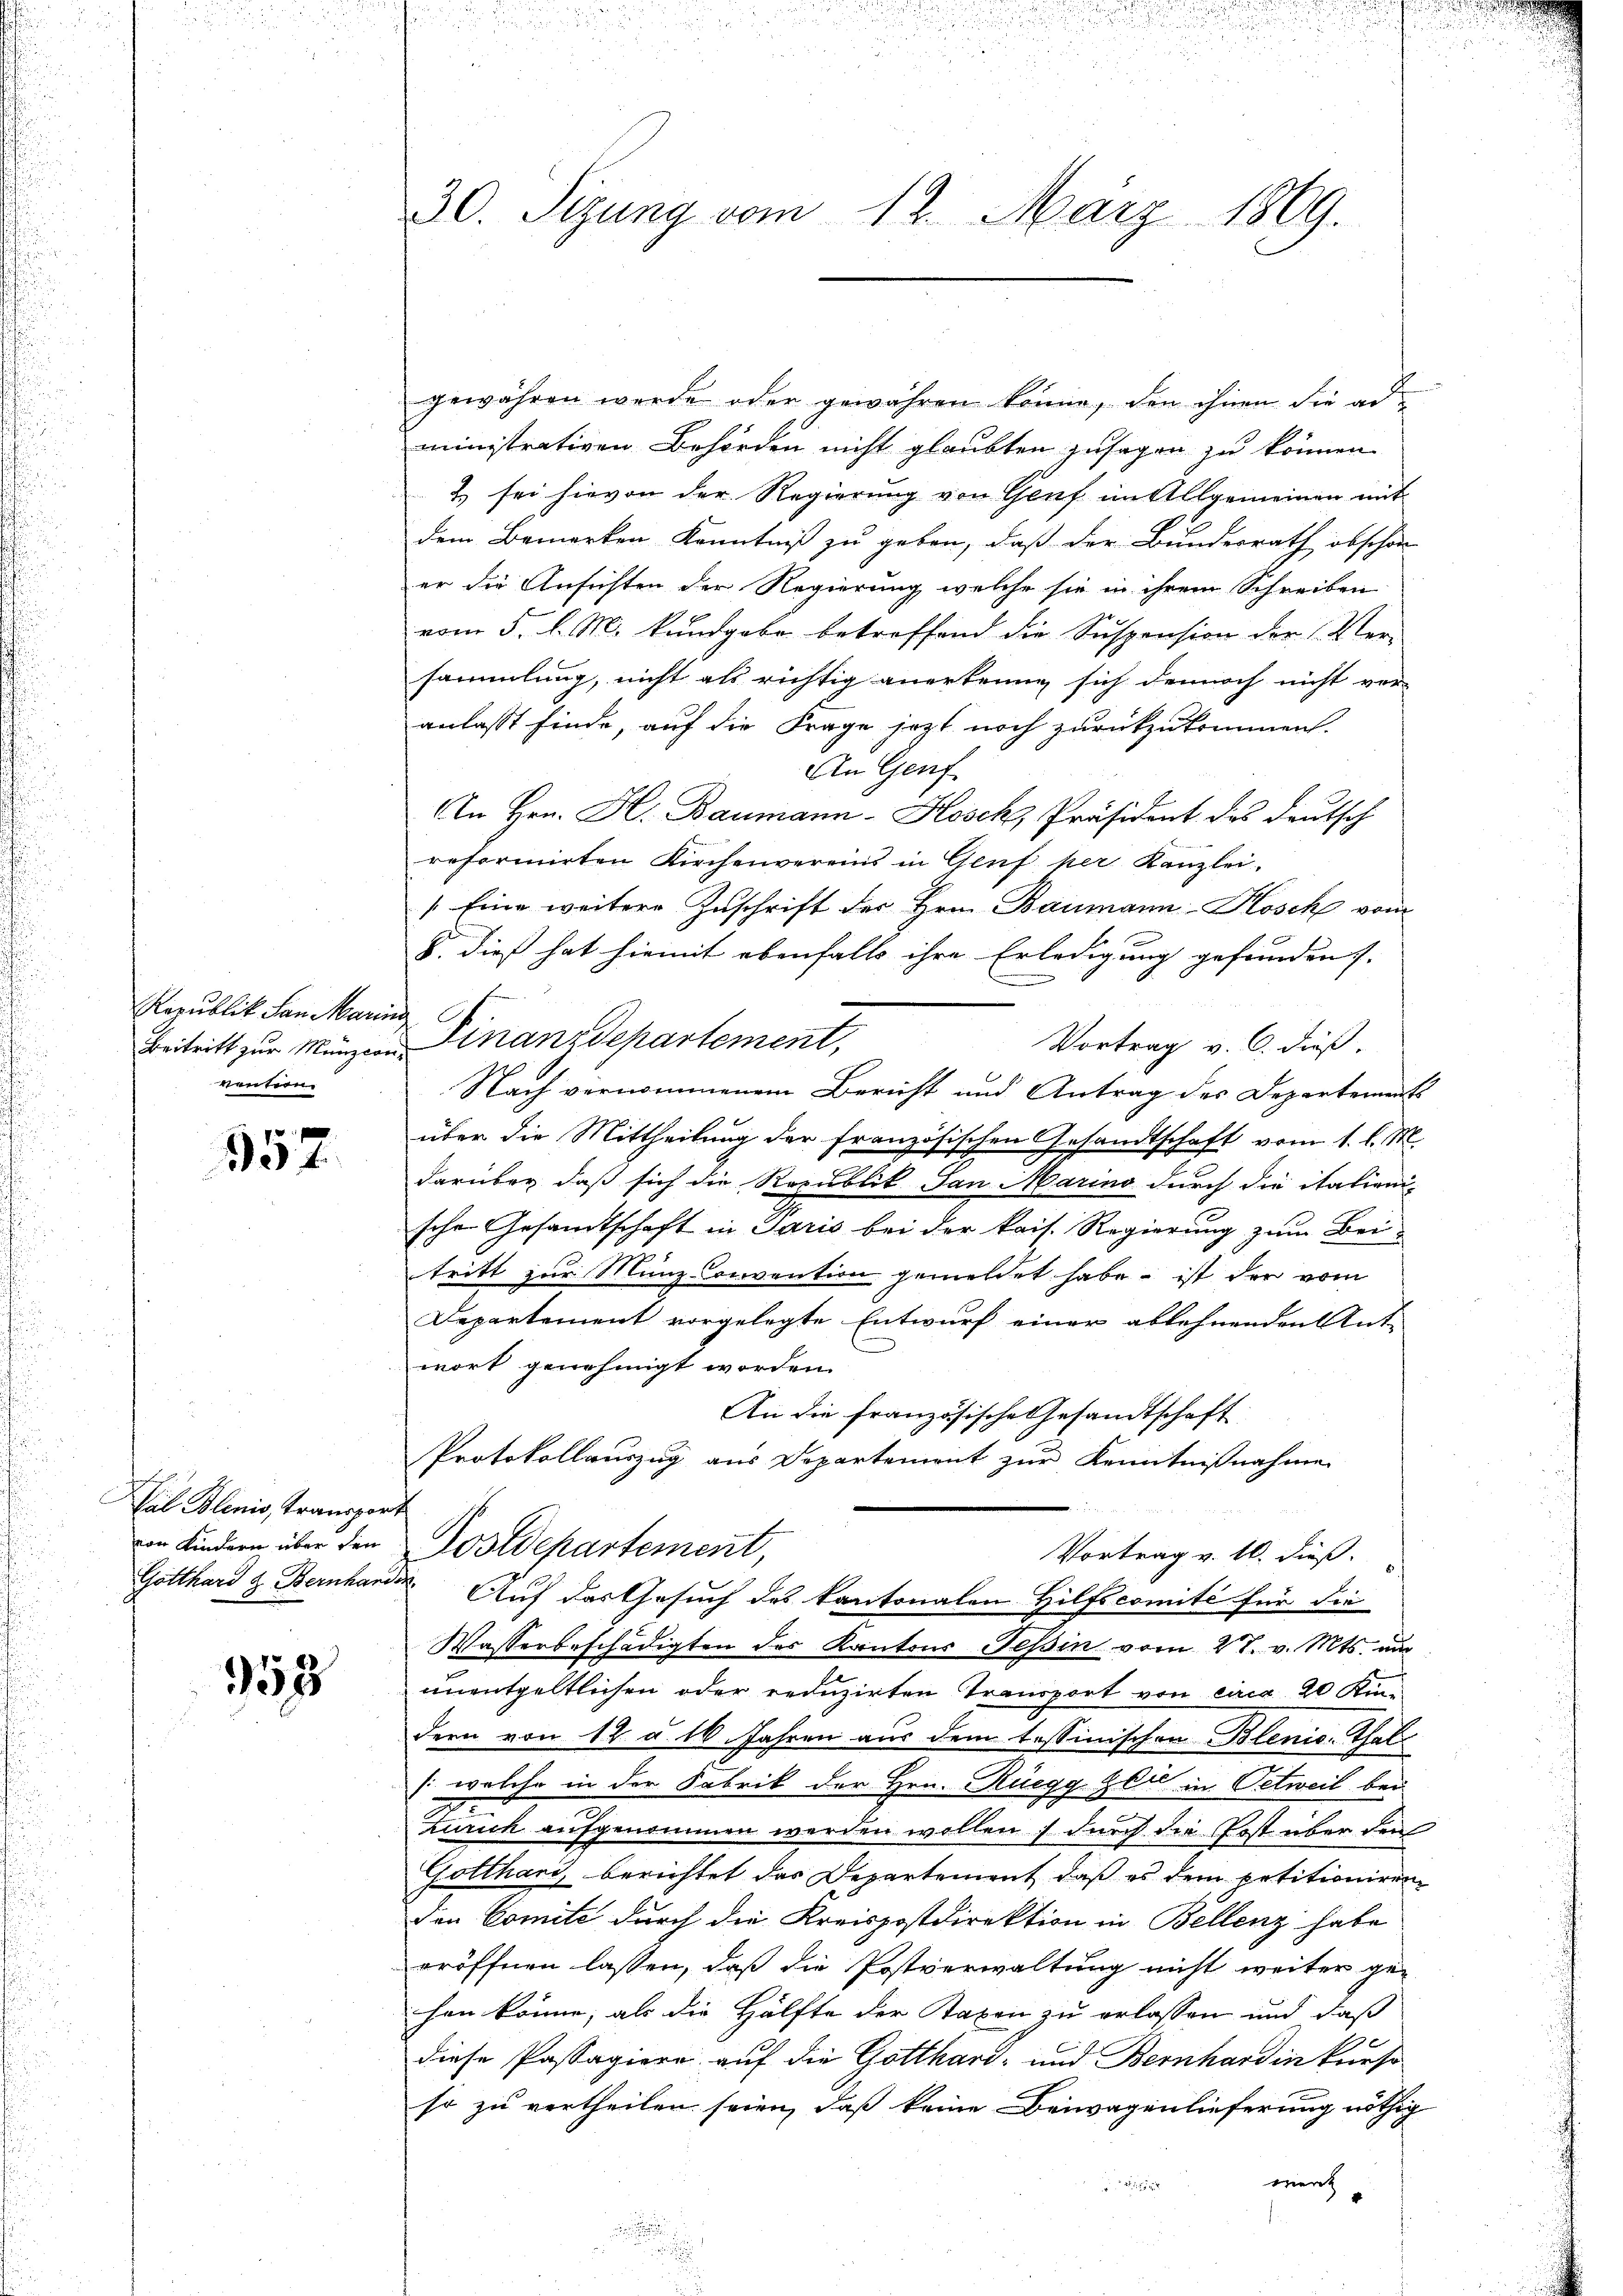
Republik San Marin
Beitritt zur Munzion.
ventern.

357

Val Blenio, Transpor
von Kindern über den
Gotthard & Bernhar

152

30. Sizung vom 12. März 1869.

gewähren werde oder gewähren könne, den ihnen die ad
ministrativen Behörden nicht glaubten Zusagen zu können
2 sei hievon der Regierung von Genf im Allgemeinen mit
dem Bemerken Kenntniß zu geben, daß der Bundesrath obschon
er die Ansichten der Regierung, welche sie in ihrem Schreiben
vom 5. d. M. kundgabe betreffend die Suspension der Ver-
sammlung, nicht als richtig anerkenne sich dennoch nicht vor-
anlasst finde, auf die Frage jezt noch zurückzukommen.
An Genf.
An Hrn. H. Baumann-Hosek, Präsident des deutsch
reformirten Kirchenvereins in Genf her Kanzlei-
[Eine weitere Zuschrift der Hrn. Baumann-Kosch vom
8. dieß hat hiemit ebenfalls ihre Erledigung gefunden.
m
Finanzdepartement,
Vortrag v. C. dieß.
Nach vernommenem Bericht und Antrag des Departements
über die Mittheilung der französischen Gesandtschaft vom 1. l. M.
darüber, daß sich die Republik San Marino durch die italienis
schen Gesandtschaft in Paris bei der kais. Regierung zum Beitritt zur Münz-onvention gemeldet habe, ist der vom
Departement vorgelegte Entwurf einer ablehnenden Ant-
wort genehmigt worden.
An die französische Gesandtschaft
Protokollauszug aus Departement zur Kenntnißnahme
Postdepartement
Vortrag v. 10. dieß.
d. Auf das Gesuch des Kantonalen Hilfscomité für die
Wasserbeschädigten des Kantons Teßin vom 27. v. Mts. nur
unentgeltlichen oder reduzirten Transport von circa 20 Kudern von 12 a. 10. Jahren aus dem tessinischen Blenio. Thal
1 welche in der Fabrik der Hrn. Rüegg, Zeit in Oetweil bei
zurich aufgenommen werden wollen; durch die Post über den
Gotthard, berichtet das Departement, daß es dem petitioniren
den Comite durch die Kreispostdirektion in Bellenz habe
eröffnen lassen, daß die Postverwaltung nicht weiter ge-
hen könne, als die Hälfte der Taxen zu erlassen und daß
diese Passagiere auf die Gotthard- und Bernhardin kunst-
so zu vertheilen seien, daß keine Beiwagenlieferung nöthig
ment

4